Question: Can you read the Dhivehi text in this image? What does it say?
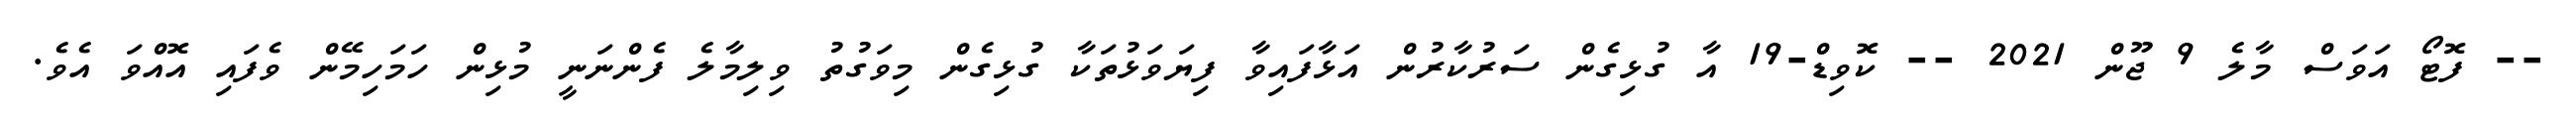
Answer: -- ފޮޓޯ އަވަސް މާލެ 9 ޖޫން 2021 -- ކޮވިޑް-19 އާ ގުޅިގެން ސަރުކާރުން އަޅާފައިވާ ފިޔަވަޅުތަކާ ގުޅިގެން މިވަގުތު ވިލިމާލެ ފެންނަނީ މުޅިން ހަމަހިމޭން ވެފައި އޮއްވަ އެވެ.